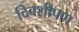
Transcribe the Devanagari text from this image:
दिवशीपण